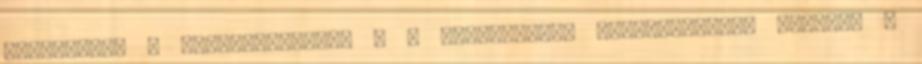
Módosultak a Költségkövetés , a Költséghely nyilvántartás listák, a